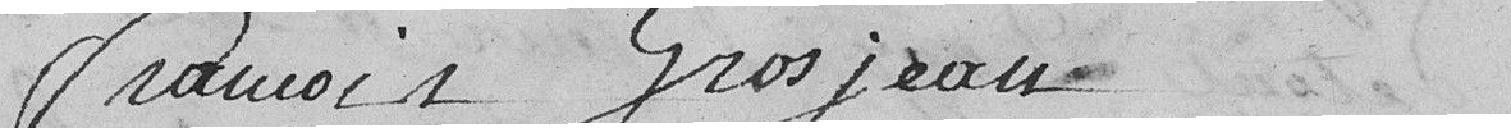
François Grosjean